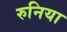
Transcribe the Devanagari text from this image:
रुनिया